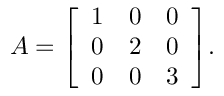
A = { \left[ \begin{array} { l l l } { 1 } & { 0 } & { 0 } \\ { 0 } & { 2 } & { 0 } \\ { 0 } & { 0 } & { 3 } \end{array} \right] } .